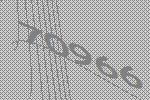
70966